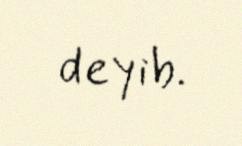
deyib.